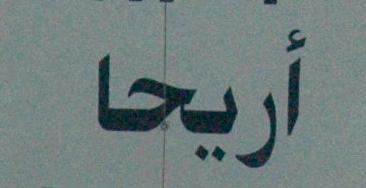
أريحا